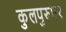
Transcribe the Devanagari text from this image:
कुलपुरुष९